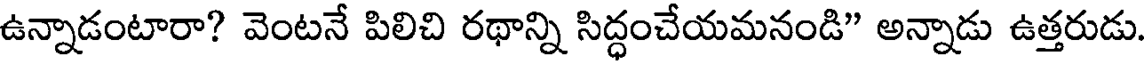
ఉన్నాడంటారా? వెంటనే పిలిచి రథాన్ని సిద్ధంచేయమనండి" అన్నాడు ఉత్తరుడు